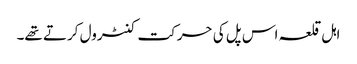
اہل قلعہ اس پل کی حرکت کنٹرول کرتے تھے۔